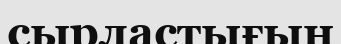
сырластығын